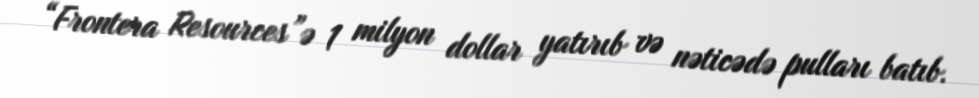
“Frontera Resources”ə 1 milyon dollar yatırıb və nəticədə pulları batıb.